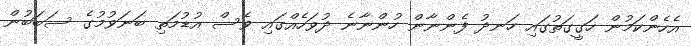
އެހެންކަމުން ހަގީގަތުގައި ހަނދު ފެންނާން ހުންނާނެ ދުވަހެއްގައި ވެސް އުޑުމަތި ބަނަވުމުގެ ސަބަބުން